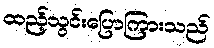
ထည့်သွင်းပြောကြားသည်